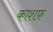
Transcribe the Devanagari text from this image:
काशफ़